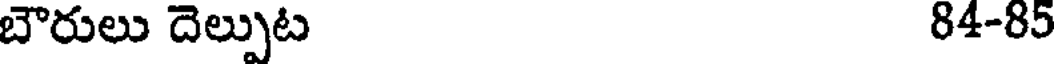
బౌరులు దెల్పుట 84-85